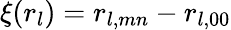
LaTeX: \xi(r_{l})=r_{l,mn}-r_{l,00}